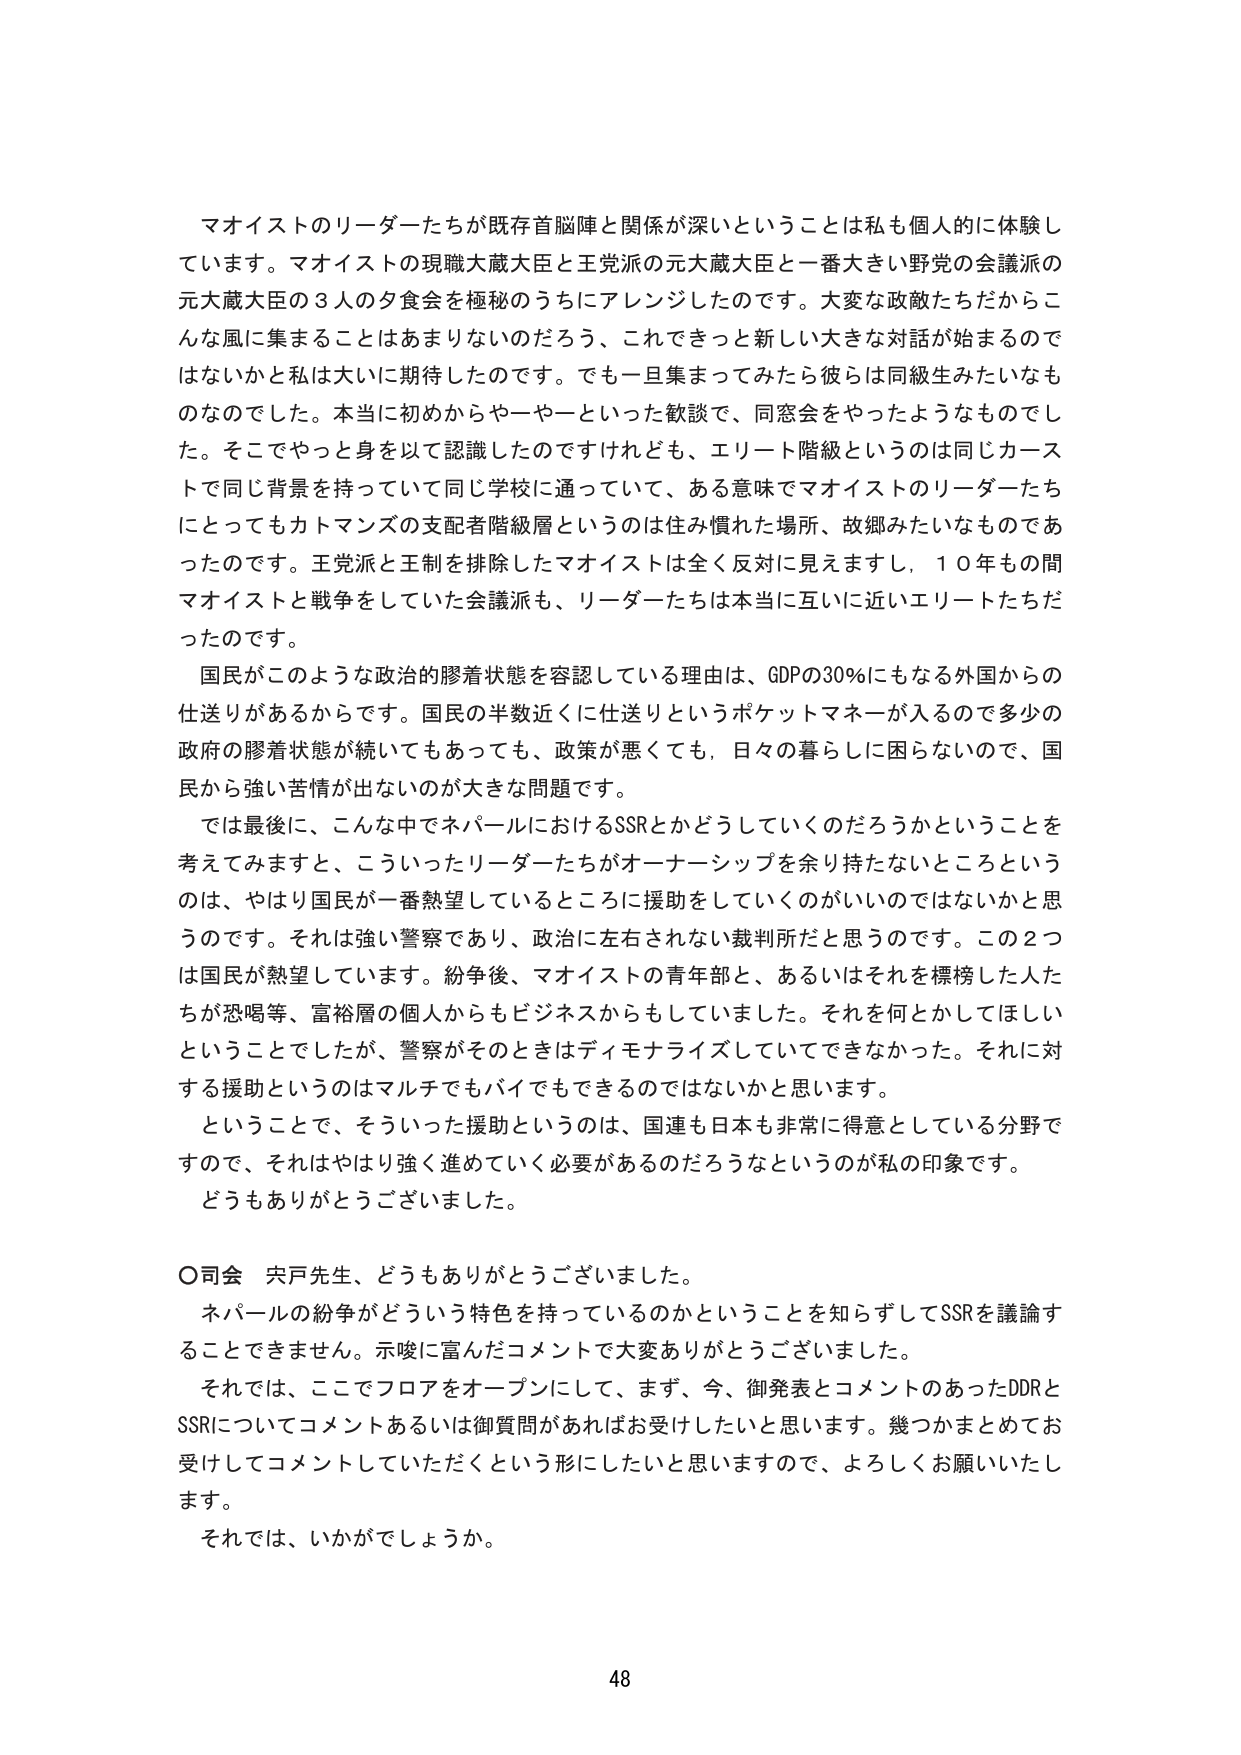
マオイストのリーダーたちが既存首脳陣と関係が深いということは私も個人的に体験しています。マオイストの現職大蔵大臣と王党派の元大蔵大臣と一番大きい野党の会議派の元大蔵大臣の3人の夕食会を極秘のうちにアレンジしたのです。大変な政敵たちだからこんな風に集まることはあまりないのだろう、これできっと新しい大きな対話が始まるのではないかと私は大いに期待したのです。でも一旦集まってみたら彼らは同級生みたいなものなのでした。本当に初めからヤーヤーといった歓談で、同窓会をやったようなものでした。そこでやっと身を以て認識したのですけれども、エリート階級というのは同じカーストで同じ背景を持っていて同じ学校に通っていて、ある意味でマオイストのリーダーたちにとってもカトマンズの支配者階級層というのは住み慣れた場所、故郷みたいなものであったのです。王党派と王制を排除したマオイストは全く反対に見えますし、10年もの間マオイストと戦争をしていた会議派も、リーダーたちは本当に互いに近いエリートたちだったのです。

国民がこのような政治的膠着状態を容認している理由は、GDPの30％にもなる外国からの仕送りがあるからです。国民の半数近くに仕送りというポケットマネーが入るので多少の政府の膠着状態が続いてもあっても、政策が悪くても、日々の暮らしに困らないので、国民から強い苦情が出ないのが大きな問題です。

では最後に、こんな中でネパールにおけるSSRとどうしていくのだろうかということを考えてみますと、こういったリーダーたちがオーナーシップを余り持たないところというのは、やはり国民が一番熱望しているところに援助をしていくのがいいのではないかと思うのです。それは強い警察であり、政治に左右されない裁判所だと思うのです。この2つは国民が熱望しています。紛争後、マオイストの青年部と、あるいはそれを標榜した人たちが恐喝等、富裕層の個人からもビジネスからもしていました。それを何とかしてほしいということでしたが、警察がそのときはディモナライズしていてできなかった。それに対する援助というのはマルチでもバイでもできるのではないかと思います。

ということで、そういった援助というのは、国連も日本も非常に得意としている分野ですので、それはやはり強く進めていく必要があるのだろうなというのが私の印象です。

どうもありがとうございました。

〇司会　宍戸先生、どうもありがとうございました。

ネパールの紛争がどういう特色を持っているのかということを知らずしてSSRを議論することはできません。示唆に富んだコメントで大変ありがとうございました。

それでは、ここでフロアをオープンにして、まず、今、御発表とコメントのあったDDRとSSRについてコメントあるいは御質問があればお受けしたいと思います。幾つかまとめてお受けしてコメントしていただくという形にしたいと思いますので、よろしくお願いいたします。

それでは、いかがでしょうか。

48